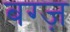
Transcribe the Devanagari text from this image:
बग्ज़